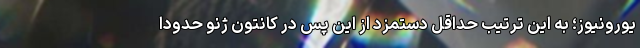
یورونیوز؛ به این ترتیب حداقل دستمزد از این پس در کانتون ژنو حدودا